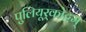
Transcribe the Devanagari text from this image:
पुलियूर्‌कोट्टम्